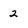
Character: 2